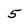
Character: 5